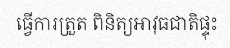
ធ្វើការត្រួត ពិនិត្យអាវុធជាតិផ្ទុះ